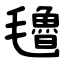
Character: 氌